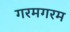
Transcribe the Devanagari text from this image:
गरमगरम